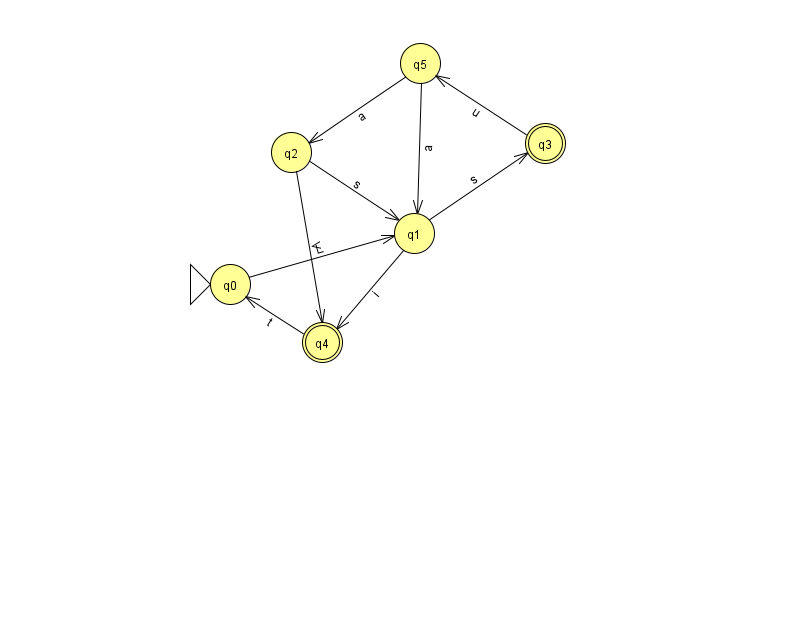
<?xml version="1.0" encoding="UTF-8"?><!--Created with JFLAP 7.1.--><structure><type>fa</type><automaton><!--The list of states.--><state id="0" name="q0"><x>230.0</x><y>271.0</y><initial/></state><state id="1" name="q1"><x>414.0</x><y>220.0</y></state><state id="2" name="q2"><x>291.0</x><y>139.0</y></state><state id="3" name="q3"><x>545.0</x><y>130.0</y><final/></state><state id="4" name="q4"><x>322.0</x><y>329.0</y><final/></state><state id="5" name="q5"><x>420.0</x><y>50.0</y></state><!--The list of transitions.--><transition><from>3</from><to>5</to><read>u</read></transition><transition><from>0</from><to>1</to><read>L</read></transition><transition><from>1</from><to>3</to><read>s</read></transition><transition><from>5</from><to>1</to><read>a</read></transition><transition><from>1</from><to>4</to><read>i</read></transition><transition><from>2</from><to>4</to><read>V</read></transition><transition><from>4</from><to>0</to><read>t</read></transition><transition><from>5</from><to>2</to><read>a</read></transition><transition><from>2</from><to>1</to><read>s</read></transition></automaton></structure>